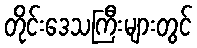
တိုင်းဒေသကြီးများတွင်